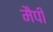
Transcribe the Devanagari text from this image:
मैपी